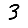
Digit: 3